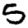
Digit: 5